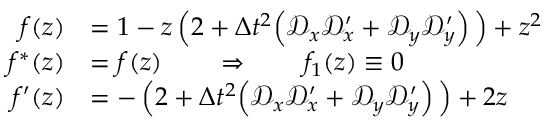
\begin{array} { r l } { f ( z ) } & { = 1 - z \left( 2 + \Delta t ^ { 2 } \Big ( \mathscr D _ { x } \mathscr D _ { x } ^ { \prime } + \mathscr D _ { y } \mathscr D _ { y } ^ { \prime } \right) \Big ) + z ^ { 2 } } \\ { f ^ { * } ( z ) } & { = f ( z ) \qquad \Rightarrow \qquad f _ { 1 } ( z ) \equiv 0 } \\ { f ^ { \prime } ( z ) } & { = - \left( 2 + \Delta t ^ { 2 } \Big ( \mathscr D _ { x } \mathscr D _ { x } ^ { \prime } + \mathscr D _ { y } \mathscr D _ { y } ^ { \prime } \right) \Big ) + 2 z } \end{array}